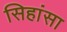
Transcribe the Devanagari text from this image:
सिहांसा